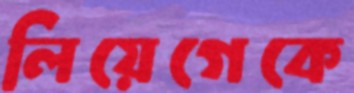
লিয়েগেকে